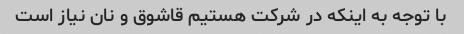
با توجه به اینکه در شرکت هستیم قاشوق و نان نیاز است